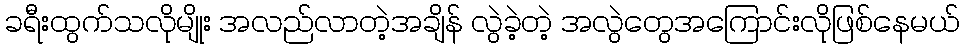
ခရီးထွက်သလိုမျိုး အလည်လာတဲ့အချိန် လွဲခဲ့တဲ့ အလွဲတွေအကြောင်းလိုဖြစ်နေမယ်